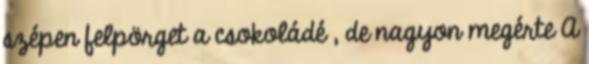
szépen felpörget a csokoládé , de nagyon megérte A